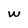
Character: w